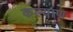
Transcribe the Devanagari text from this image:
कल्याण़